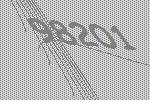
98201